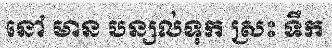
នៅ មាន បន្សល់ទុក ស្រះ ទឹក